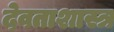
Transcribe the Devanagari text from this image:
देवताशास्त्र